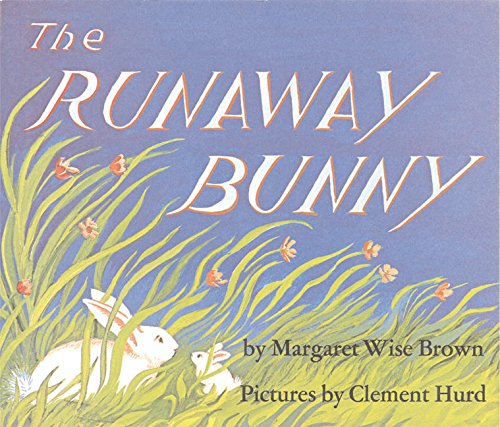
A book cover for The Runaway Bunny; Margaret Wise Brown; Children's Books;